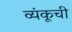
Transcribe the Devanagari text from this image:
व्यंकूची